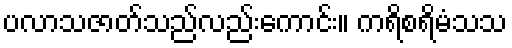
ပလာသဇာတ်သည်လည်းကောင်း။ ကရိစရိမံသသ